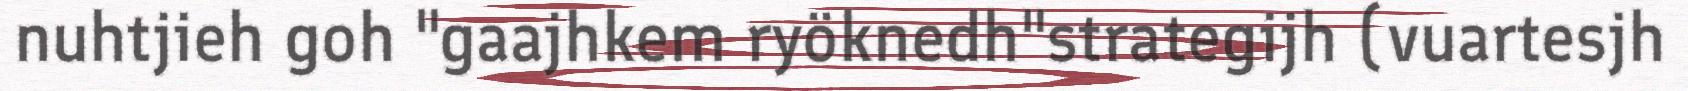
nuhtjieh goh "gaajhkem ryöknedh"strategijh (vuartesjh